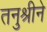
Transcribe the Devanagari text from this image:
तनुश्रीने